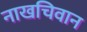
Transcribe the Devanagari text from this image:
नाखचिवान